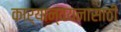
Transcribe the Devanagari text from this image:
कार्यान्वयनासाठी